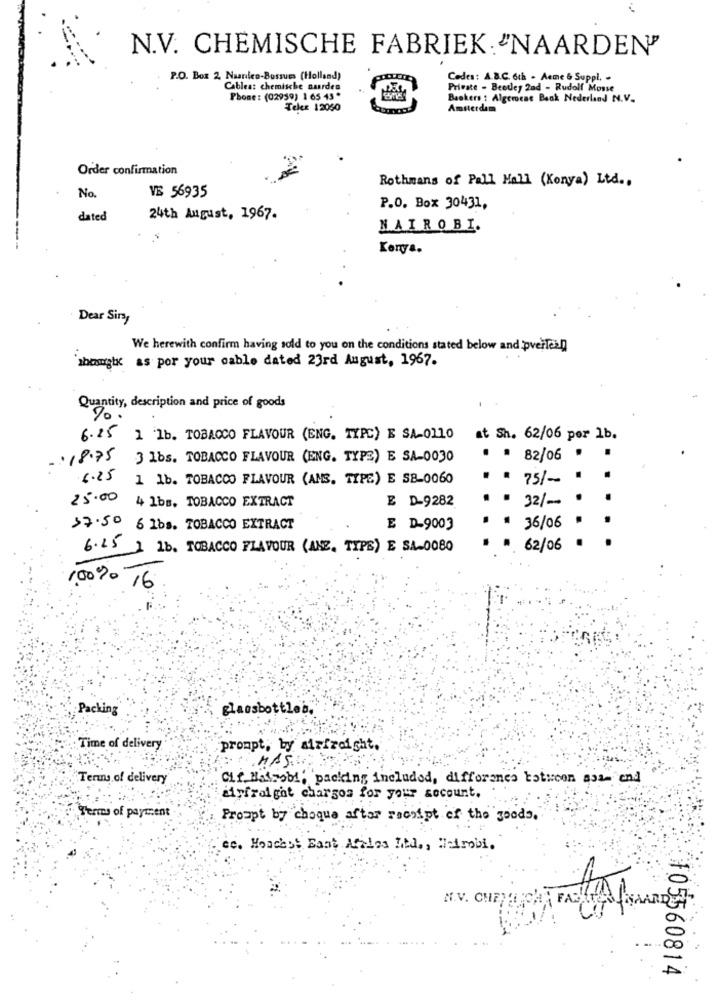
N.V. CHEMISCHE FABRIEK: "NAARDEN"
P.O. Box 2 Naanileo-Bussues (Holland)
Cedes: A.B.C. 6th . Aeme & Suppl. .
Cables: chemische ourdes
Private - Beetley 2nd - Rudolf Mosse
Phone: (02959) 1 65 43*
Backers : Algemene Back Nederland N.V.
Telex 12060
Amsterdam
Order confirmation
Rothmans of Pall Mall (Konya) Ltd ..
No.
VE 56935
P.O. Box 30431,
dated
24th August, 1967.
NAIROBI.
Konya.
Dear Siry
We herewith confirm having sold to you on the conditions stated below and pverlen
'sbomgtx as por your cable dated 23rd August, 1967.
Quantity, description and price of goods
20
6.25 1 1b. TOBACCO FLAVOUR (ENG. TYPC) E SA-OLIO
at Sh. 62/06 por 1b.
-: 18.75 3 1 bs. TOBACCO FLAVOUR (ENG. TYPE) E SA-0030
. . 82/06 '
6.25 1 1b. TOBACCO FLAVOUR (AMS, TYPE) E SB-0060
75/-
E D-9282
.
32/-
25.00 4 1bs. TOBACCO EXTRACT
>7.50 6 1bs. TOBACCO EXTRACT
E D-9003
36/06
6.25 1 1b. TOBACCO FLAVOUR (ANZ, TYPE) E SA-0080
62/06
100% 16
Packing
glassbottles.
Time of delivery
prompt, by airfreight.
MASH
Terms of delivery
Cif Nairobi, packing included, differences between asa- end
defroight charges for your account.
Terms of payment
Prompt by choque after receipt of the goods.
ce. Hoaces. East Arries Ltd ., Nairobi.
N.V. CHEY
FAS!
105560814